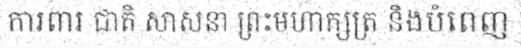
ការពារ ជាតិ សាសនា ព្រះមហាក្សត្រ និងបំពេញ